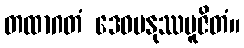
တထာဂတံ ဒေဝမနုဿပူဇိတံ။